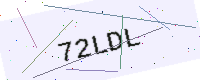
Text: 72LDL